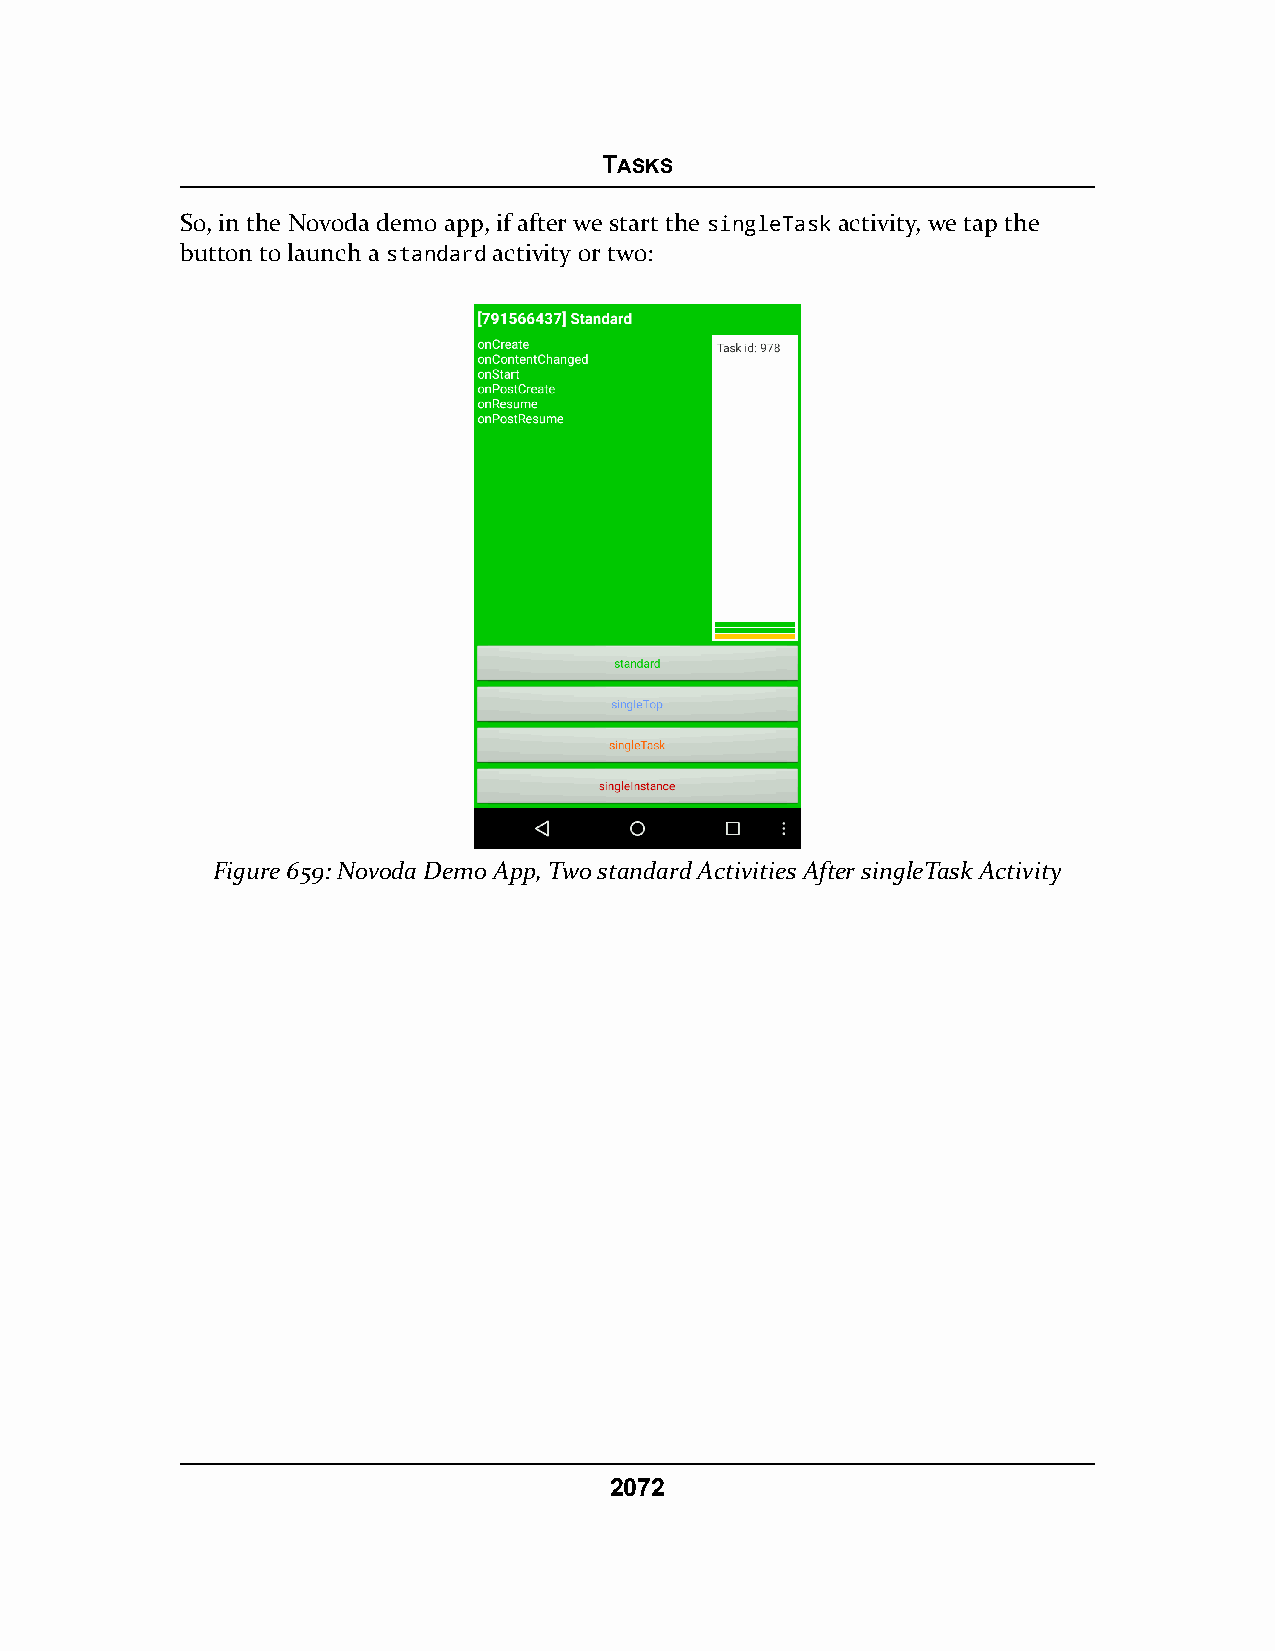
TASKS
 So, in the Novoda demo app, if after we start the singleTask activity, we tap the
 button to launch a standard activity or two:
 Figure 659: Novoda Demo App, Two standard Activities After singleTask Activity
 2072